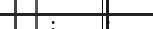
:  .  :